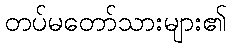
တပ်မတော်သားများ၏